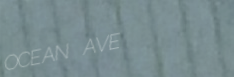
OCEAN AVE